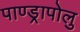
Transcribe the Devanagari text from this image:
पाण्ड्रापोलु